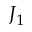
J _ { 1 }